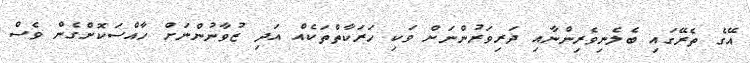
އޭގެ ތެރޭގައި ބެލެނިވެރިންނާއި ދަރިވަރުންނަށް ވަކި ހަރަކާތްތަކެއް އަދި ޒުވާނުންނަށް ހާއްސަކޮށްގެން ވެސް